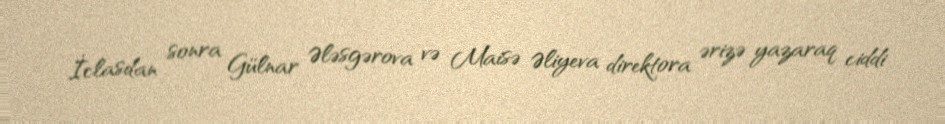
İclasdan sonra Gülnar Ələsgərova və Maisə Əliyeva direktora ərizə yazaraq ciddi